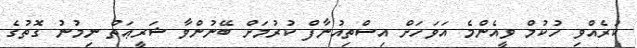
ކުރެއްވި ހުކުމް ވީއެންމެ އަވަހަށް އިސްތިއުނާފް ކުރުމަށް ބޭނުންވާ ޝަރީޢަތް ނިމުނު ގޮތުގެ